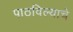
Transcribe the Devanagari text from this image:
पाठविल्याचे